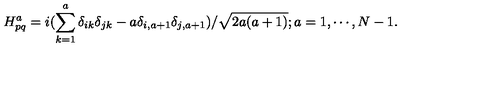
H _ { p q } ^ { a } = i ( \sum _ { k = 1 } ^ { a } \delta _ { i k } \delta _ { j k } - a \delta _ { i , a + 1 } \delta _ { j , a + 1 } ) / \sqrt { 2 a ( a + 1 ) } ; a = 1 , \cdots , N - 1 .